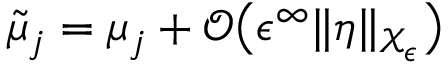
\tilde { \mu } _ { j } = \mu _ { j } + \mathcal { O } \bigl ( \epsilon ^ { \infty } \| \eta \| _ { \mathcal { X } _ { \epsilon } } \bigr )